画像に写った文字を読んでください
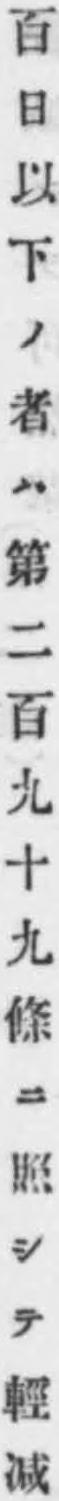
「百日以下ノ者ハ第二百九十九條ニ照シテ輕减」と書いてあります